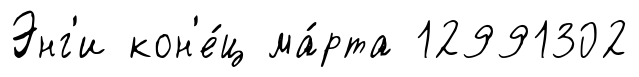
Энг'и кон'е́ц ма́рта 12991302